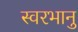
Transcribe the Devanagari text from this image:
स्वरभानु